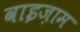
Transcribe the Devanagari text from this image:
वाइज़ाम